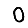
Digit: 0